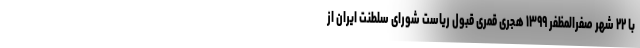
با ۲۲ شهر صفرالمظفر ۱۳۹۹ هجری قمری قبول ریاست شورای سلطنت ایران از